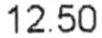
12.50